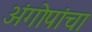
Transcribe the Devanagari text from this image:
अंगोपांचा